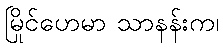
မြိုင်ဟေမာ သာနန်းက၊